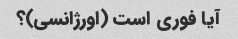
آیا فوری است (اورژانسی)؟